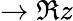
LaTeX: \rightarrow\Re{z}